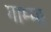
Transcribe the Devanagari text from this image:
गाम्मा